General report no. 6 on the lunatic asylums, vaccination and dispensaries in the Bengal Presidency, 1873 -
Year: 1873
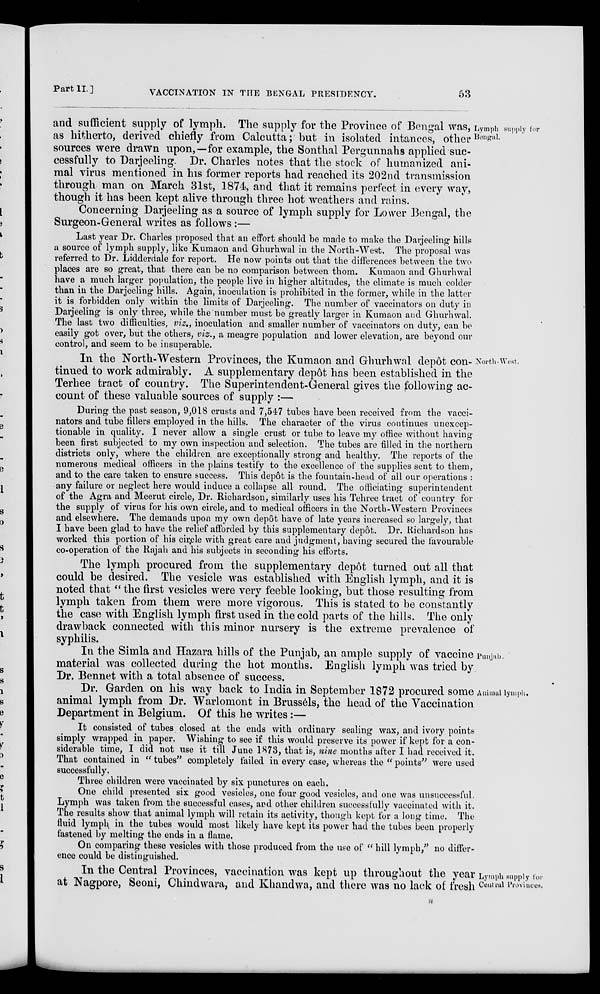
Part II.]
VACCINATION IN THE BENGAL PRESIDENCY.
53
Lymph supply for
Bengal.
and sufficient supply of lymph. The supply for the Province of Bengal was,
as hitherto, derived chiefly from Calcutta; but in isolated intances, other
sources were drawn upon,—for example, the Sonthal Pergunnahs applied suc-
cessfully to Darjeeling. Dr. Charles notes that the stock of humanized ani-
mal virus mentioned in his former reports had reached its 202nd transmission
through man on March 31st, 1874, and that it remains perfect in every way,
though it has been kept alive through three hot weathers and rains.
Concerning Darjeeling as a source of lymph supply for Lower Bengal, the
Surgeon-General writes as follows :—
Last year Dr. Charles proposed that an effort should be made to make the Darjeeling hills
a source of lymph supply, like Kumaon and Ghurhwal in the North-West. The proposal was
referred to Dr. Lidderdale for report. He now points out that the differences between the two
places are so great, that there can be no comparison between thom. Kumaon and Ghurhwal
have a much larger population, the people live in higher altitudes, the climate is much colder
than in the Darjeeling hills. Again, inoculation is prohibited in the former, while in the latter
it is forbidden only within the limits of Darjeeling. The number of vaccinators on duty in
Darjeeling is only three, while the number must be greatly larger in Kumaon and Ghurhwal.
The last two difficulties, viz., inoculation and smaller number of vaccinators on duty, can be
easily got over, but the others, viz., a meagre population and lower elevation, are beyond our
control, and seem to be insuperable.
North-West.
In the North-Western Provinces, the Kumaon and Ghurhwal depôt con-
tinued to work admirably. A supplementary dep6t has been established in the
Terhee tract of country. The Superintendent-General gives the following ac-
count of these valuable sources of supply :—
During the past season, 9,018 crusts and 7,547 tubes have been received from the vacci-
nators and tube fillers employed in the hills. The character of the virus continues unexcep-
tionable in quality. I never allow a single crust or tube to leave my office without having
been first subjected to my own inspection and selection. The tubes are filled in the northern
districts only, where the children are exceptionally strong and healthy. The reports of the
numerous medical officers in the plains testify to the excellence of the supplies sent to them,
and to the care taken to ensure success. This depôt is the fountain-head of all our operations :
any failure or neglect here would induce a collapse all round. The officiating superintendent
of the Agra and Meerut circle, Dr. Richardson, similarly uses his Tehree tract of country for
the supply of virus for his own circle, and to medical officers in the North-Western Provinces
and elsewhere. The demands upon my own depôt have of late years increased so largely, that
I have been glad to have the relief afforded by this supplementary depôt. Dr. Richardson has
worked this portion of his circle with great care and judgment, having secured the favourable
co-operation of the Rajah and his subjects in seconding his efforts.
The lymph procured from the supplementary depôt turned out all that
could be desired. The vesicle was established with English lymph, and it is
noted that "the first vesicles were very feeble looking, but those resulting from
lymph taken from them were more vigorous. This is stated to be constantly
the case with English lymph first used in the cold parts of the hills. The only
drawback connected with this minor nursery is the extreme prevalence of
syphilis.
Punjab.
In the Simla and Hazara hills of the Punjab, an ample supply of vaccine
material was collected during the hot months. English lymph was tried by
Dr. Bennet with a total absence of success.
Animal
lymph.
Dr. Garden on his way back to India in September 1872 procured some
animal lymph from Dr. Warlomont in Brussels, the head of the Vaccination
Department in Belgium. Of this he writes :—
It consisted of tubes closed at the ends with ordinary sealing wax, and ivory points
simply wrapped in paper. Wishing to see if this would preserve its power if kept for a con-
siderable time, I did not use it till June 1873, that is, nine months after I had received it.
That contained in " tubes" completely failed in every case, whereas the " points" were used
successfully.
Three children were vaccinated by six punctures on each.
One child presented six good vesicles, one four good vesicles, and one was unsuccessful.
Lymph was taken from the successful cases, and other children successfully vaccinated with it.
The results show that animal lymph will retain its activity, though kept for a long time. The
fluid lymph in the tubes would most likely have kept its power had the tubes been properly
fastened by melting the ends in a flame.
On comparing these vesicles with those produced from the use of " hill lymph," no differ-
ence could be distinguished.
Lymph
supply for
Central
Province.
In the Central Provinces, vaccination was kept up throughout the year
at Nagpore, Seoni, Chindwara, and Khandwa, and there was no lack of fresh
n